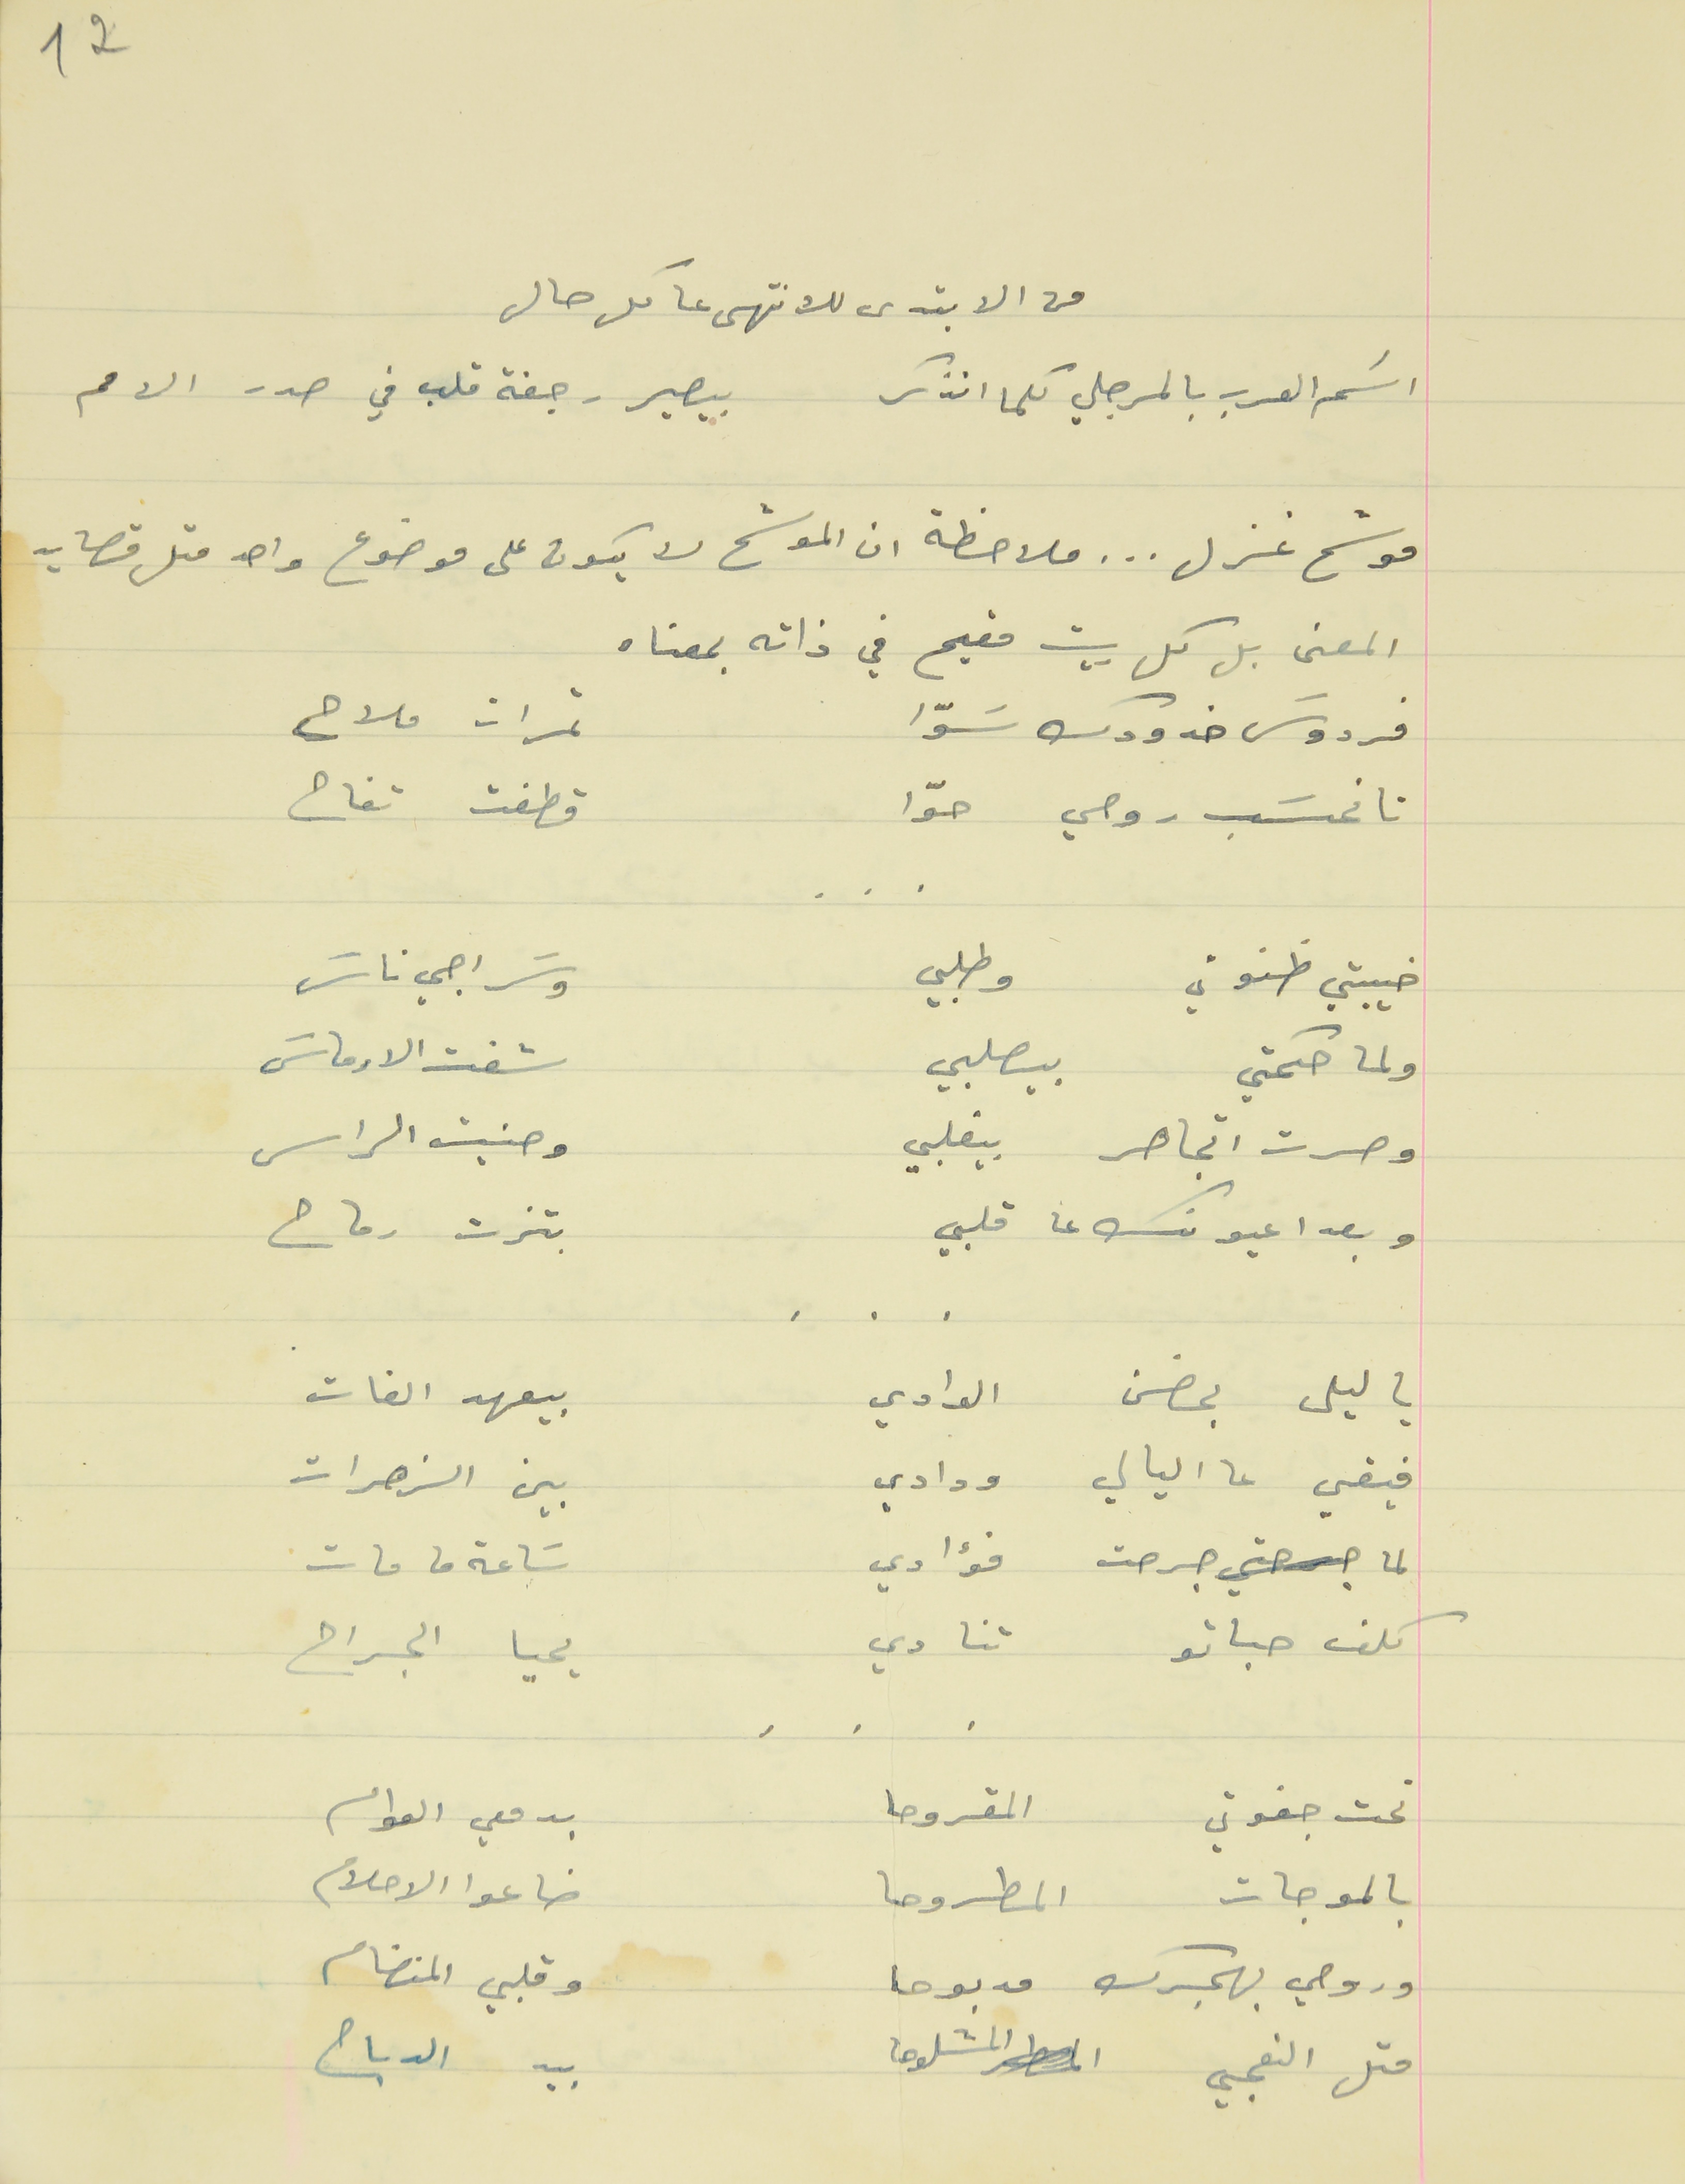
من الابتدى للانتهى عا كل حال
اسَم العرب بالمرجلي كلما انذكر                                  بيصير رجفة قلب في صدر الامم
موشح غزل . . . ملاحظة ان الموشح لا يكون على موضوع واحد مثل قصايد
المعنى بل كل بيت مقيم في ذاته بمعناه
فردوسَ خدودك سَوّا                                   ثمرات ملاح
تا نحسَب روحي حوّا                                        قطفت تفاح
خيبتي ظنوني   وطلبي                                   وسَراجي ناسَ
 ولما حكمتي بيصلبي                                   شفت الارماسَ
وصرت اتجاهر بيقلبي                                       وحنيت الراس

وبعدا عيونك عا قلبي                                          بتزت رماح
يا ليل بحضن الوادي                                     بيعهد الفات
فيقي عا اليالي ودادي                                 بين الزهرات
لما جرحت فؤادي                                        سَاعة ما مات
كلف حباتو تنادي                                        يحيا الجراح
تحت جفوني  المقروحا                                  بدمعي العوام
بالموجات المطروحا                                  ضاعوا الاحلام
وروحي بهجرك مدبوحا                                  وقلبي المنضام
متل النعجي المشلوحا                                  بيد الدباح
    .    .    .
    .    .    .
    .    .    .
12